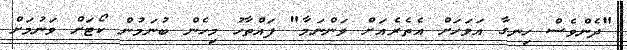
"ދެންވެސް ހިނގާ އަވަހަށް އެތެރެއަށް ވަންނަމާ" ފައްތާހު މިހެން ބުނަމުން ކޯޓަށް ވަނުމަށް